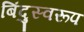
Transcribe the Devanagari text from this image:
बिंदुस्वरूप